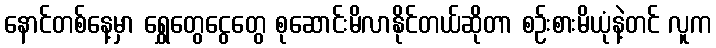
နောင်တစ်နေ့မှာ ရွှေတွေငွေတွေ စုဆောင်းမိလာနိုင်တယ်ဆိုတာ စဉ်းစားမိယုံနဲ့တင် လူက